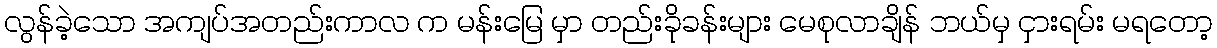
လွန်ခဲ့သော အကျပ်အတည်းကာလ က မန်းမြေ မှာ တည်းခိုခန်းများ မေစုလာချိန် ဘယ်မှ ငှားရမ်း မရတော့